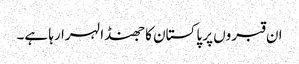
ان قبروں پر پاکستان کا جھنڈا لہرا رہا ہے۔